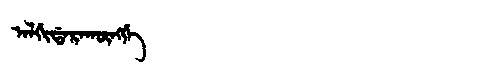
Manchu: ᠠᠯᡤᡳᡩᠠᡵᠠᡴᡡᠩᡤᡝ
Romanization: ALGIDARAKŪNGGE